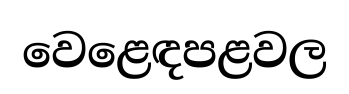
වෙළෙඳපළවල